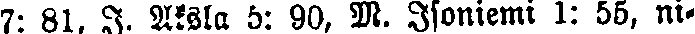
7: 81, J. Aksla 5: 90, M. Isoniemi I: 55, ni-